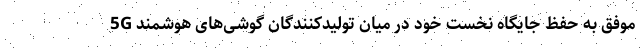
موفق به حفظ جایگاه نخست خود در میان تولیدکنندگان گوشی‌های هوشمند 5G